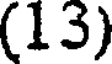
(13)